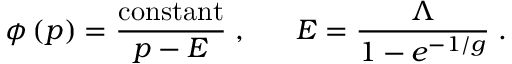
\phi \left( p \right) = { \frac { \mathrm { c o n s t a n t } } { p - E } } \; , \; \; \; \; \; \; E = { \frac { \Lambda } { 1 - e ^ { - 1 / g } } } \; .